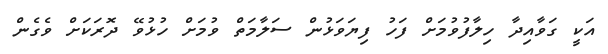
އަކީ ގަވާއިދާ ހިލާފުވުމަށް ފަހު ފިޔަވަޅުން ސަލާމަތް ވުމަށް ހުޅުވޭ ދޮރަކަށް ވެގެން